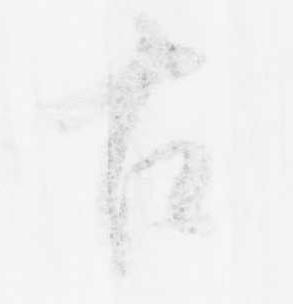
古